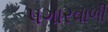
પગારવાળી